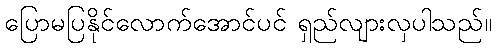
ပြောမပြနိုင်လောက်အောင်ပင် ရှည်လျားလှပါသည်။